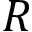
R